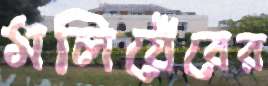
মলিয়েঁরের